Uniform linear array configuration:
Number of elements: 12
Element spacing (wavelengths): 0.75
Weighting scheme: cosine
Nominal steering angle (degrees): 15
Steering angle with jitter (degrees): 13.794
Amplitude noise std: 0.05
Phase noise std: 0.05

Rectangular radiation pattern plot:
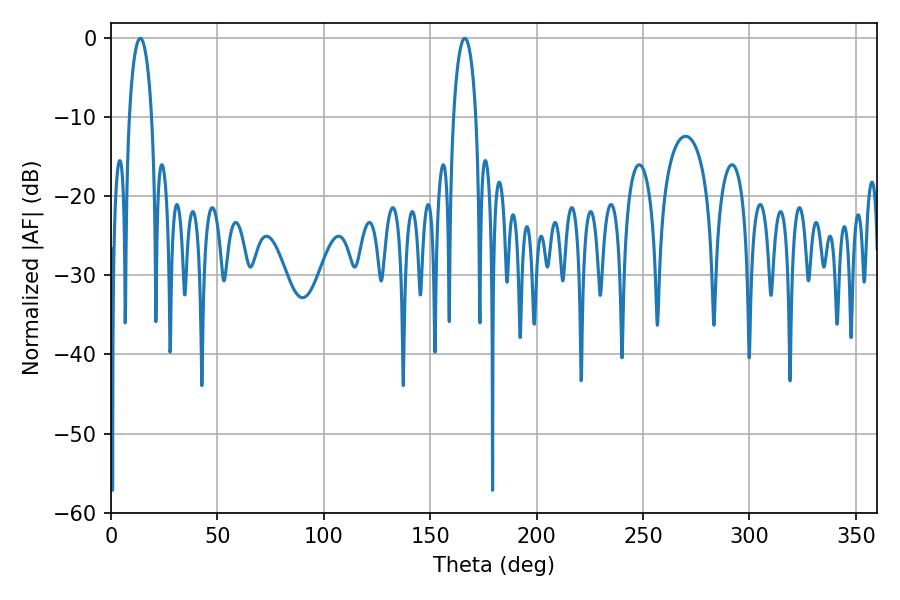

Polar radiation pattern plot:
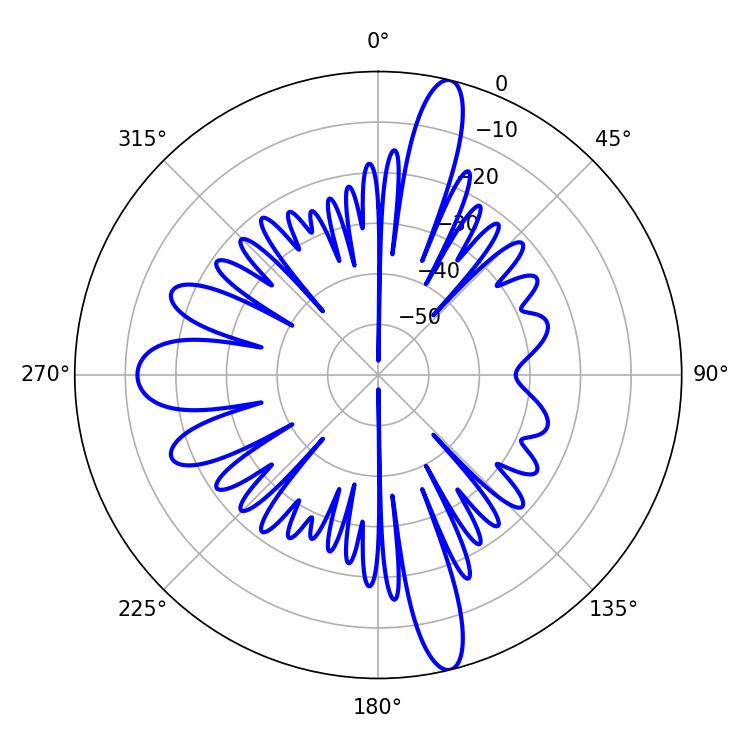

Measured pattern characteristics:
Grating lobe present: TRUE
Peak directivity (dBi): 17.565
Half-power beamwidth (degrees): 5.94
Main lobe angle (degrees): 13.68